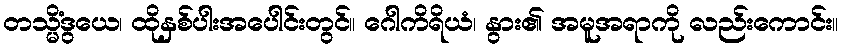
တသ္မိံဒွယေ၊ ထိုနှစ်ပါးအပေါင်းတွင်။ ဂေါကိရိယံ၊ နွား၏ အမူအရာကို လည်းကောင်း။